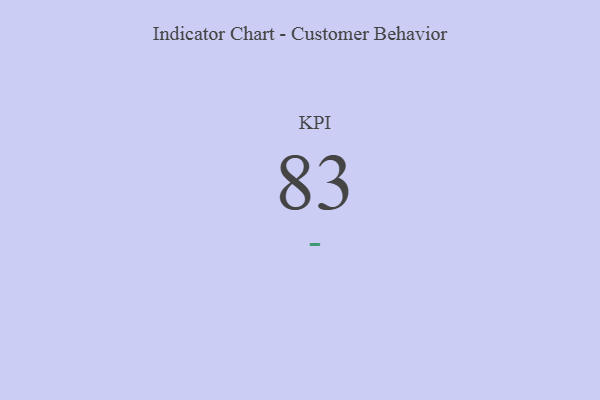
{"axis": {"x": "KPI", "y": "Value"}, "legend": [""], "data": [{"x": "KPI", "y": 83, "type": ""}]}